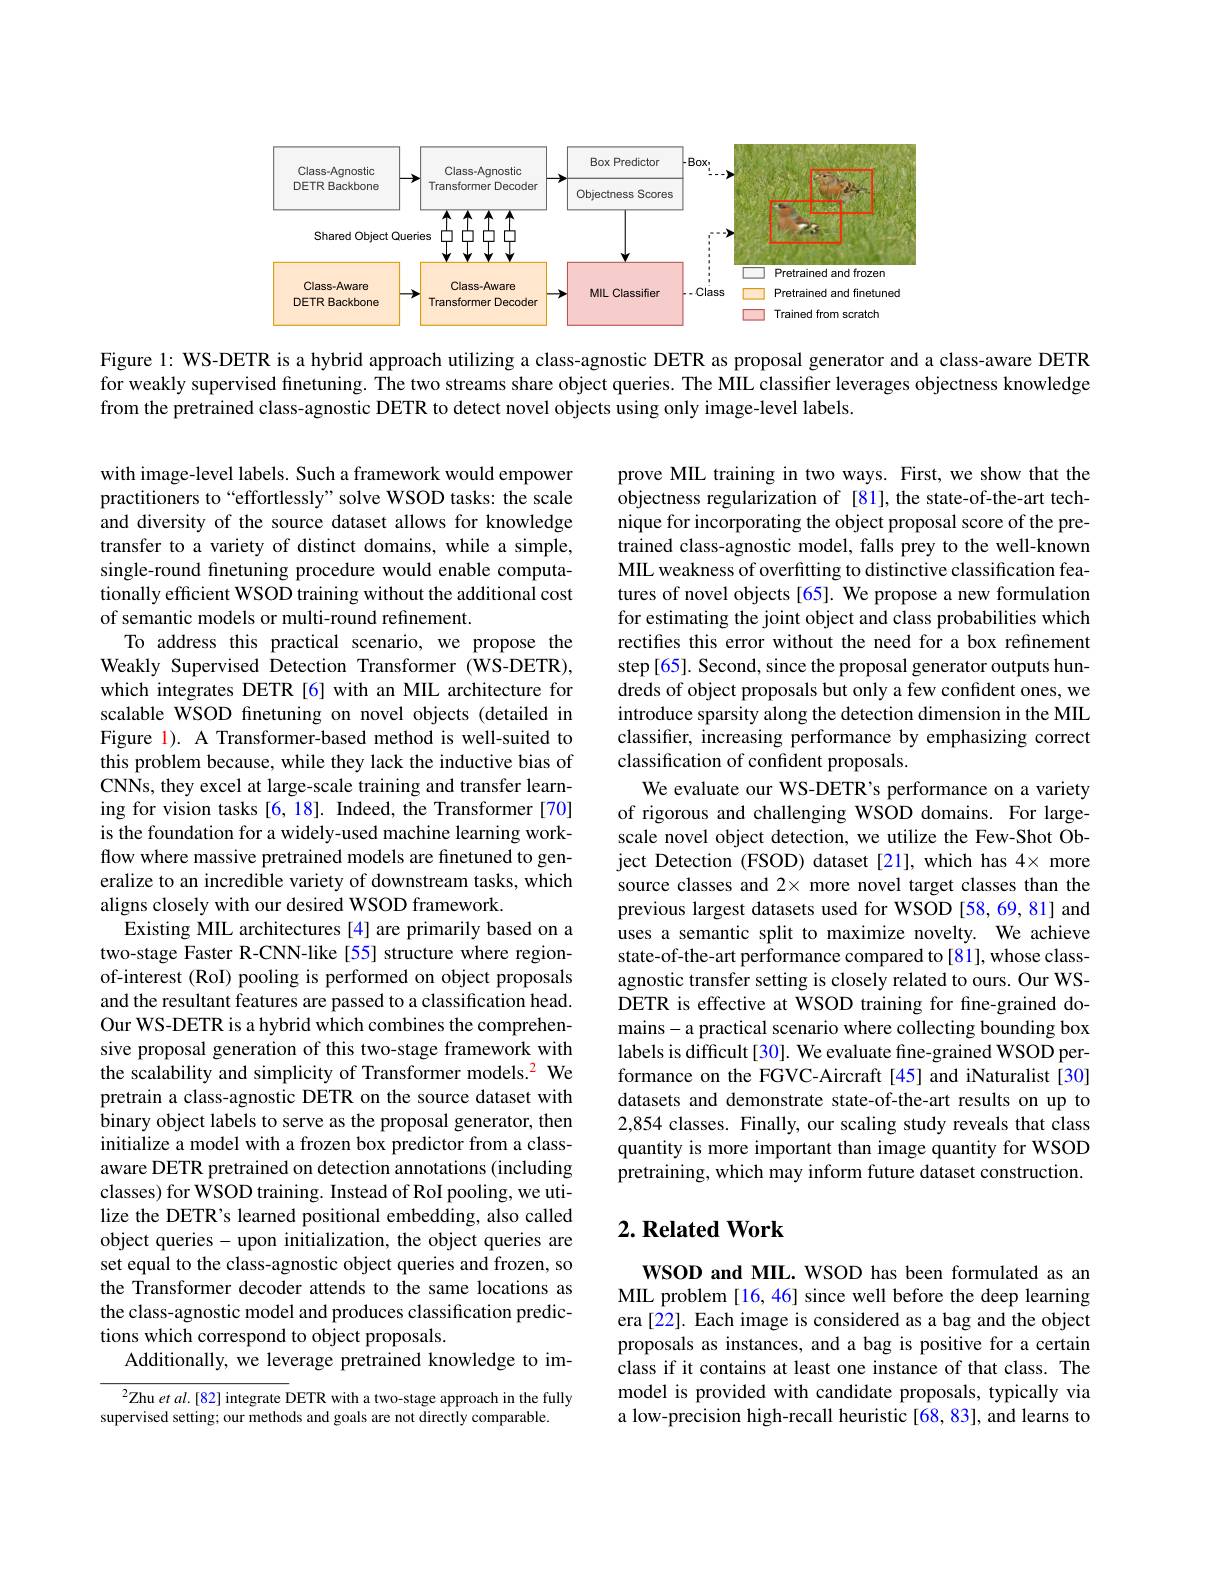
<FigureHere>

Figure 1: WS-DETR is a hybrid approach utilizing a class-agnostic DETR as proposal generator and a class-aware DETR for weakly supervised finetuning. The two streams share object queries. The MIL classifier leverages objectness knowledge from the pretrained class-agnostic DETR to detect novel objects using only image-level labels.

prove MIL training in two ways. First, we show that the objectness regularization of [81],the state-of-the-art technique for incorporating the object proposal score of the pretrained class-agnostic model, falls prey to the well-known MIL weakness of overfitting to distinctive classification features of novel objects [65]. We propose a new formulation for estimating the joint object and class probabilities which rectifies this error without the need for a box refinement step[65]. Second, since the proposal generator outputs hundreds of object proposals but only a few confident ones, we introduce sparsity along the detection dimension in the MIL classifer, increasing performance by emphasizing correct classification of confident proposals.
We evaluate our WS-DETR's performance on a variety of rigorous and challenging WSOD domains. For largescale novel object detection, we utilize the Few-Shot Object Detection (FSOD) dataset[21], which has 4× more source classes and 2× more novel target classes than the previous largest datasets used for WSOD [58,69,81] and uses a semantic split to maximize novelty. We achieve state-of-the-art performance compared to [81], whose classagnostic transfer setting is closely related to ours. Our WSDETR is effective at WSOD training for fine-grained domains- a practical scenario where collecting bounding box labels is difficult [30]. We evaluate fine-grained WSOD performance on the FGVC-Aircraft[45] and iNaturalist[30] datasets and demonstrate state-of-the-art results on up to 2,854 classes. Finally, our scaling study reveals that class quantity is more important than image quantity for WSOD pretraining, which may inform future dataset construction.

with image-level labels. Such a framework would empower practitioners to“effortlessly” solve WSOD tasks: the scale and diversity of the source dataset allows for knowledge transfer to a variety of distinct domains, while a simple, single-round finetuning procedure would enable computationally efficient WSOD training without the additional cost of semantic models or multi-round refinement.
To address this practical scenario, we propose the Weakly Supervised Detection Transformer (WS-DETR), which integrates DETR [6] with an MIL architecture for scalable WSOD finetuning on novel objects (detailed in Figure 1). A Transformer-based method is well-suited to this problem because, while they lack the inductive bias of CNNs, they excel at large-scale training and transfer learning for vision tasks [6, 18]. Indeed, the Transformer [70] is the foundation for a widely-used machine learning workflow where massive pretrained models are finetuned to generalize to an incredible variety of downstream tasks, which aligns closely with our desired WSOD framework.
Existing MIL architectures [4] are primarily based on a two-stage Faster R-CNN-like [55] structure where regionof-interest (RoI) pooling is performed on object proposals and the resultant features are passed to a classification head. Our WS-DETR is a hybrid which combines the comprehensive proposal generation of this two-stage framework with the scalability and simplicity of Transformer models.$^{2}$ We pretrain a class-agnostic DETR on the source dataset with binary object labels to serve as the proposal generator, then initialize a model with a frozen box predictor from a classaware DETR pretrained on detection annotations (including classes) for WSOD training. Instead of RoI pooling, we utilize the DETR's learned positional embedding, also called object queries - upon initialization, the object queries are set equal to the class-agnostic object queries and frozen, so the Transformer decoder attends to the same locations as the class-agnostic model and produces classification predictions which correspond to object proposals.
Additionally, we leverage pretrained knowledge to im- $^{2}$Zhu et al.[82] integrate DETR with a two-stage approach in the fully

### $2. \textbf{Related Work}$

WSOD and MIL. WSOD has been formulated as an MIL problem [16, 46] since well before the deep learning era [22]. Each image is considered as a bag and the object proposals as instances, and a bag is positive for a certain class if it contains at least one instance of that class. The model is provided with candidate proposals, typically via a low-precision high-recall heuristic [68,83], and learns to

supervised setting; our methods and goals are not directly comparable.